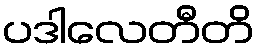
ပဒါလေတီတိ